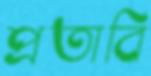
প্রতাবি